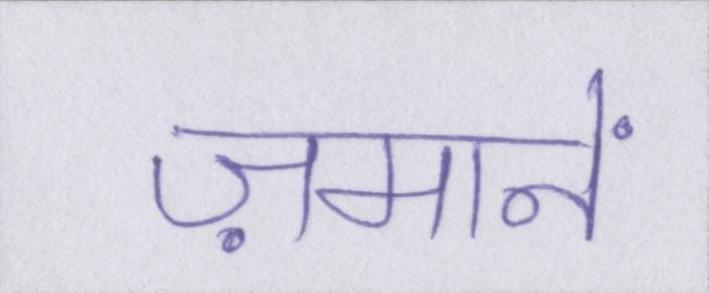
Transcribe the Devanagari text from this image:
ज़मानें